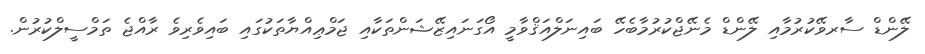
ލޭންޑް ސާރވޭކުރުމާއި ލޭންޑް މެނޭޖްކުރުމާބެހޭ ބައިނަލްއަޤްވާމީ އޯގަނައިޒޭޝަންތަކާއި ޖަމްޢިއްޔާތަކުގައި ބައިވެރިވެ ރާއްޖެ ތަމްސީލްކުރުން.